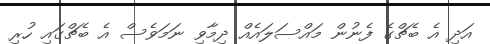
އަދި އެ ބެޗްގެ ފެނުން މައްސަލައެއް ދިމާވި ނަމަވެސް އެ ބެޗްގައި ހުރި